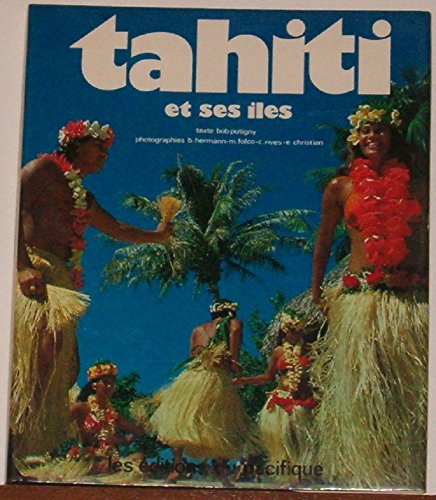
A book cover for Tahiti (et ses iles); Bob Putigny; Travel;